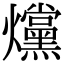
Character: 爣